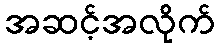
အဆင့်အလိုက်